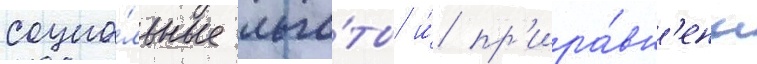
социа́льные льго́ты и́ пр'ира́вн'ены